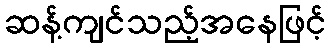
ဆန့်ကျင်သည့်အနေဖြင့်